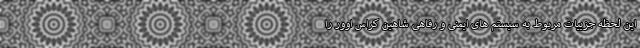
این لحظه جزییات مربوط به سیستم های ایمنی و رفاهی شاهین کراس اوور را